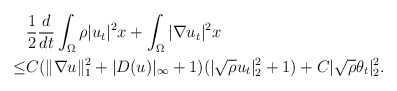
\begin{align*}&\frac{1}{2}\frac{d}{dt}\int_{\Omega}\rho |u_t|^2 x+\int_{\Omega}|\nabla u_t|^2x\\\leq & C(\|\nabla u\|^2_1+|D(u)|_\infty+1)(|\sqrt{\rho}u_t|^2_{2}+1)+C|\sqrt{\rho}\theta_t|^2_2.\end{align*}